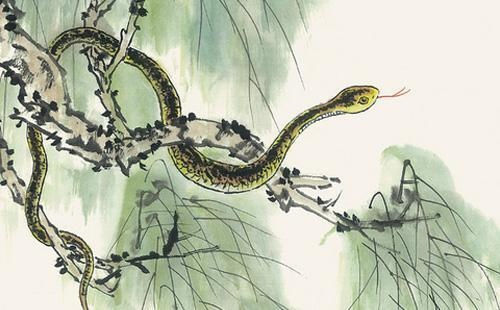
青蒲衔紫茸，长叶复从风。